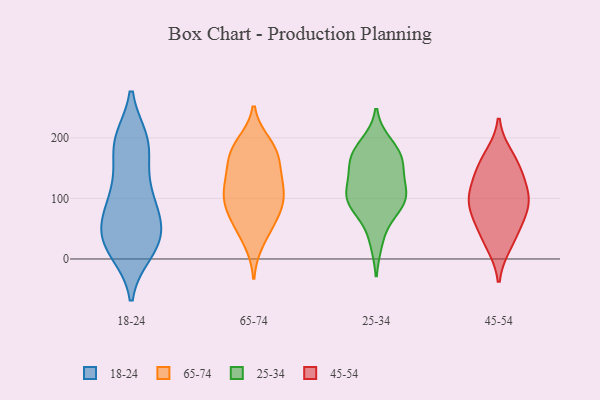
{"axis": {"x": "Active Users", "y": "Value"}, "legend": ["18-24", "25-34", "45-54", "65-74"], "data": [{"x": "", "y": 79, "type": "18-24"}, {"x": "", "y": 18, "type": "18-24"}, {"x": "", "y": 196, "type": "18-24"}, {"x": "", "y": 191, "type": "18-24"}, {"x": "", "y": 17, "type": "18-24"}, {"x": "", "y": 126, "type": "18-24"}, {"x": "", "y": 84, "type": "18-24"}, {"x": "", "y": 25, "type": "18-24"}, {"x": "", "y": 53, "type": "18-24"}, {"x": "", "y": 179, "type": "18-24"}, {"x": "", "y": 58, "type": "18-24"}, {"x": "", "y": 123, "type": "18-24"}, {"x": "", "y": 26, "type": "18-24"}, {"x": "", "y": 63, "type": "18-24"}, {"x": "", "y": 12, "type": "18-24"}, {"x": "", "y": 44, "type": "18-24"}, {"x": "", "y": 196, "type": "18-24"}, {"x": "", "y": 107, "type": "18-24"}, {"x": "", "y": 195, "type": "18-24"}, {"x": "", "y": 84, "type": "65-74"}, {"x": "", "y": 128, "type": "65-74"}, {"x": "", "y": 157, "type": "65-74"}, {"x": "", "y": 98, "type": "65-74"}, {"x": "", "y": 174, "type": "65-74"}, {"x": "", "y": 183, "type": "65-74"}, {"x": "", "y": 63, "type": "65-74"}, {"x": "", "y": 29, "type": "65-74"}, {"x": "", "y": 173, "type": "65-74"}, {"x": "", "y": 121, "type": "65-74"}, {"x": "", "y": 104, "type": "65-74"}, {"x": "", "y": 126, "type": "65-74"}, {"x": "", "y": 86, "type": "65-74"}, {"x": "", "y": 54, "type": "65-74"}, {"x": "", "y": 190, "type": "65-74"}, {"x": "", "y": 162, "type": "25-34"}, {"x": "", "y": 88, "type": "25-34"}, {"x": "", "y": 174, "type": "25-34"}, {"x": "", "y": 94, "type": "25-34"}, {"x": "", "y": 31, "type": "25-34"}, {"x": "", "y": 89, "type": "25-34"}, {"x": "", "y": 121, "type": "25-34"}, {"x": "", "y": 167, "type": "25-34"}, {"x": "", "y": 152, "type": "25-34"}, {"x": "", "y": 111, "type": "25-34"}, {"x": "", "y": 101, "type": "25-34"}, {"x": "", "y": 188, "type": "25-34"}, {"x": "", "y": 107, "type": "45-54"}, {"x": "", "y": 40, "type": "45-54"}, {"x": "", "y": 151, "type": "45-54"}, {"x": "", "y": 80, "type": "45-54"}, {"x": "", "y": 169, "type": "45-54"}, {"x": "", "y": 143, "type": "45-54"}, {"x": "", "y": 101, "type": "45-54"}, {"x": "", "y": 25, "type": "45-54"}, {"x": "", "y": 70, "type": "45-54"}, {"x": "", "y": 101, "type": "45-54"}]}